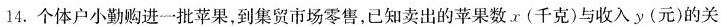
14.个体户小勤购进一批苹果，到集贸市场零售，已知卖出的苹果数。(千克)与收入y(元)的关